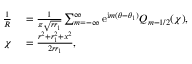
\begin{array} { r l } { \frac { 1 } { R } } & { { } = \frac { 1 } { \pi \sqrt { r r _ { 1 } } } \sum _ { m = - \infty } ^ { \infty } \mathrm { e } ^ { \mathrm { i } m ( \theta - \theta _ { 1 } ) } Q _ { m - 1 / 2 } ( \chi ) , } \\ { \chi } & { { } = \frac { r ^ { 2 } + r _ { 1 } ^ { 2 } + x ^ { 2 } } { 2 r r _ { 1 } } , } \end{array}